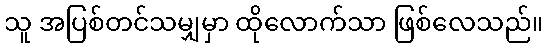
သူ အပြစ်တင်သမျှမှာ ထိုလောက်သာ ဖြစ်လေသည်။